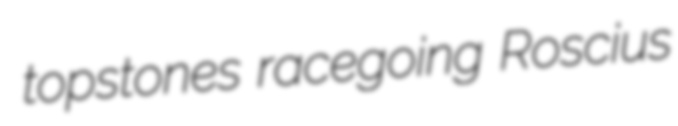
topstones racegoing Roscius